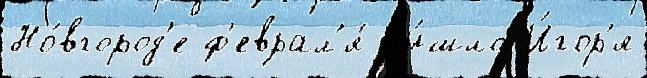
Но́вгород'е ф'еврал'я́ вы́шло И́гор'я